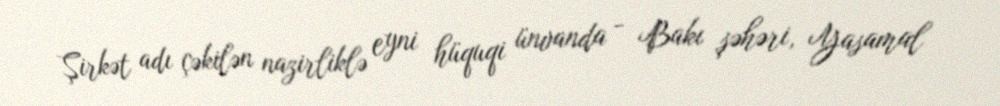
Şirkət adı çəkilən nazirliklə eyni hüquqi ünvanda - Bakı şəhəri, Yasamal